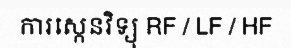
ការស្កេនវិទ្យុ RF / LF / HF